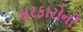
સરકારોની